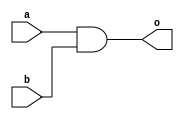
module and_gate(o,a,b);
    input a,b;
    output o;
    //and o1(o,a,b); /* This is gate level abstraction implementaion in verilog*/

    assign o = a & b; /* This is data flow abstraction implementaion in verilog*/
endmodule